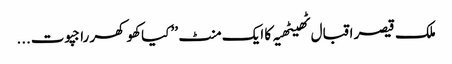
ملک قیصر اقبال ٹھیٹھیہ کا ایک منٹ ’’ کیا کھوکھر راجپوت...